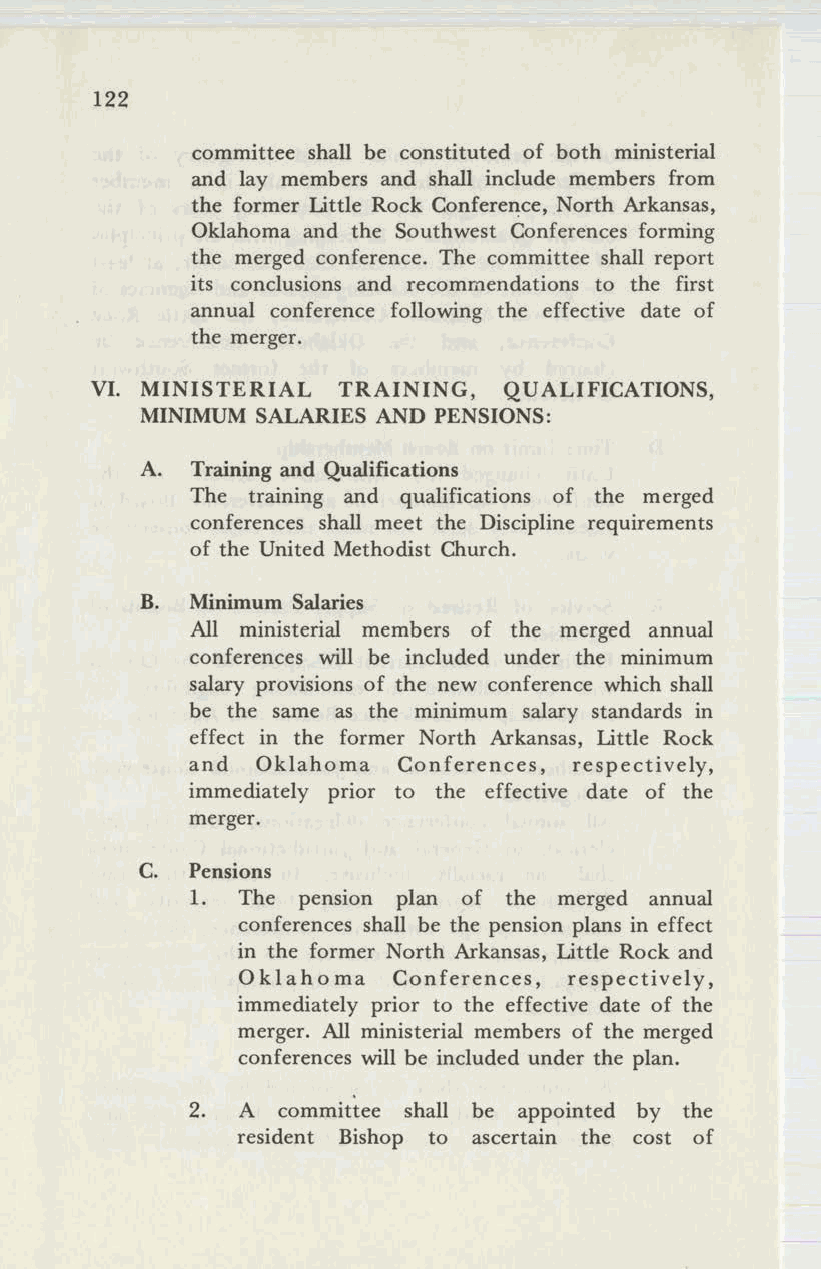
122
 committee shall be constituted of both ministerial
 and lay members and shall include members from
 the former Little Rock Conference, North Arkansas,
 Oklahoma and the Southwest Conferences forming
 the merged conference. The committee shall report
 its conclusions and recommendations to the first
 annual conference following the effective date of
 the merger.
 VI. MINISTERIAL TRAINING,  QUALIFICATIONS,
 MINIMUM SALARIES AND PENSIONS:
 A.  Training and Qualifications
 The training and qualifications of the merged
 conferences shall meet the Discipline requirements
 of the United Methodist Church.
 B.  Minimum Salaries
 All ministerial members of the merged annual
 conferences will be included under the minimum
 salary provisions of the new conference which shall
 be the same as the minimum salary standards in
 effect in the former North Arkansas, Little Rock
 and Oklahoma Conferences, respectively,
 immediately prior to the effective date of the
 merger.
 C.  Pensions
 1. The pension plan of the merged annual
 conferences shall be the pension plans in effect
 in the former North Arkansas, Little Rock and
 o
 klah0 rna Conferences, respectively,
 immediately prior to the effective date of the
 merger. All ministerial members of the merged
 conferences will be included under the plan.
 2. A committee shall be appointed by the
 resident Bishop to ascertain the cost of